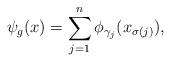
LaTeX: \begin{align*}\psi_g(x)=\sum_{j=1}^n \phi_{\gamma_j}(x_{\sigma(j)}),\end{align*}